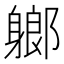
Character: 𨉰